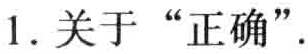
1. 关于 “正确”.